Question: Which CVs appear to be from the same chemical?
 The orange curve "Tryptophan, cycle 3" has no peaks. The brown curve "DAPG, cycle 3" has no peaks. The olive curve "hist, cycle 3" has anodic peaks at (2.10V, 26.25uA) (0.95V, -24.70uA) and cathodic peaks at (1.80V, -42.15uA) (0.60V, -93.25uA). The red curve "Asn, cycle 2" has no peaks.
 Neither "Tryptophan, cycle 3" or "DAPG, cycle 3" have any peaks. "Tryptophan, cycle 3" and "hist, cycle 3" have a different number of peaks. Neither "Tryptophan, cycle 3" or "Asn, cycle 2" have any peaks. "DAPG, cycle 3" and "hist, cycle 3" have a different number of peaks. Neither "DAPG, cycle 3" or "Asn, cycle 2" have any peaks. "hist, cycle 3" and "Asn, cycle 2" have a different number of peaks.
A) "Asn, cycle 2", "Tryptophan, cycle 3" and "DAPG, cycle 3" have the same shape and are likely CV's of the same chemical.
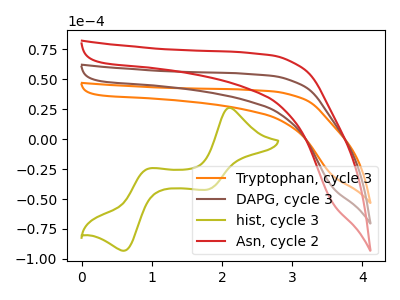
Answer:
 <answer>A) "Asn, cycle 2", "Tryptophan, cycle 3" and "DAPG, cycle 3" have the same shape and are likely CV's of the same chemical.</answer>
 <eval>A</eval>